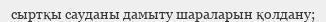
сыртқы сауданы дамыту шараларын қолдану;